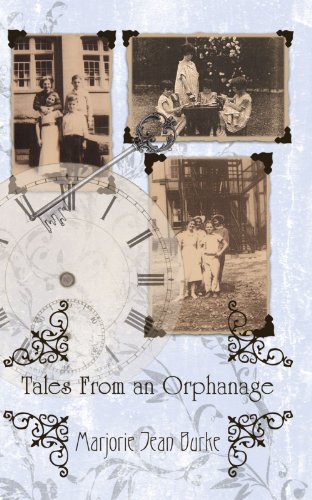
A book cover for Tales From an Orphanage; Marjorie Jean Burke; Parenting & Relationships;